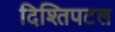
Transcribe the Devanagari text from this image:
दिश्तिपटल